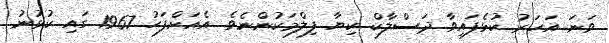
ވަނަ އަހަރު ކުޅެފައިވާ ދަސްލާކް ކިޔާ ފިލްމަކުންނެވެ. އެއަށްފަހު 1967 ގައި ކުޅުނު